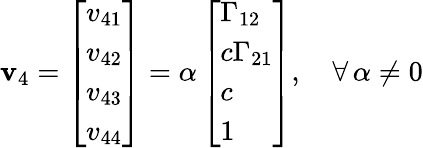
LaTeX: \boldsymbol{\mathbf{v}}_{4}=\left[\begin{array}{l}{v_{41}}\\ {v_{42}}\\ {v_{43}}\\ {v_{44}}\end{array}\right]=\alpha\left[\begin{array}{l}{\Gamma_{12}}\\ {c\Gamma_{21}}\\ {c}\\ {1}\end{array}\right],\quad\forall\, \alpha\neq0